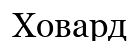
Ховард